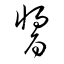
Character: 醤